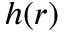
h ( r )